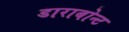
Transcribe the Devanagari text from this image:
डाराबोन्ट